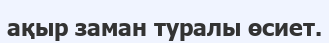
ақыр заман туралы өсиет.